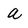
Character: a